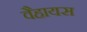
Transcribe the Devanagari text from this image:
वैहायस